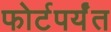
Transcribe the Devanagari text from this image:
फोर्टपर्यंत